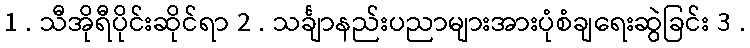
1 . သီအိုရီပိုင်းဆိုင်ရာ 2 . သင်္ချာနည်းပညာများအားပုံစံချရေးဆွဲခြင်း 3 .